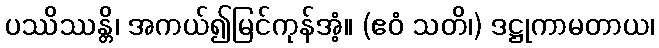
ပဿိဿန္တိ၊ အကယ်၍မြင်ကုန်အံ့။ (ဧဝံ သတိ၊) ဒဋ္ဌုကာမတာယ၊